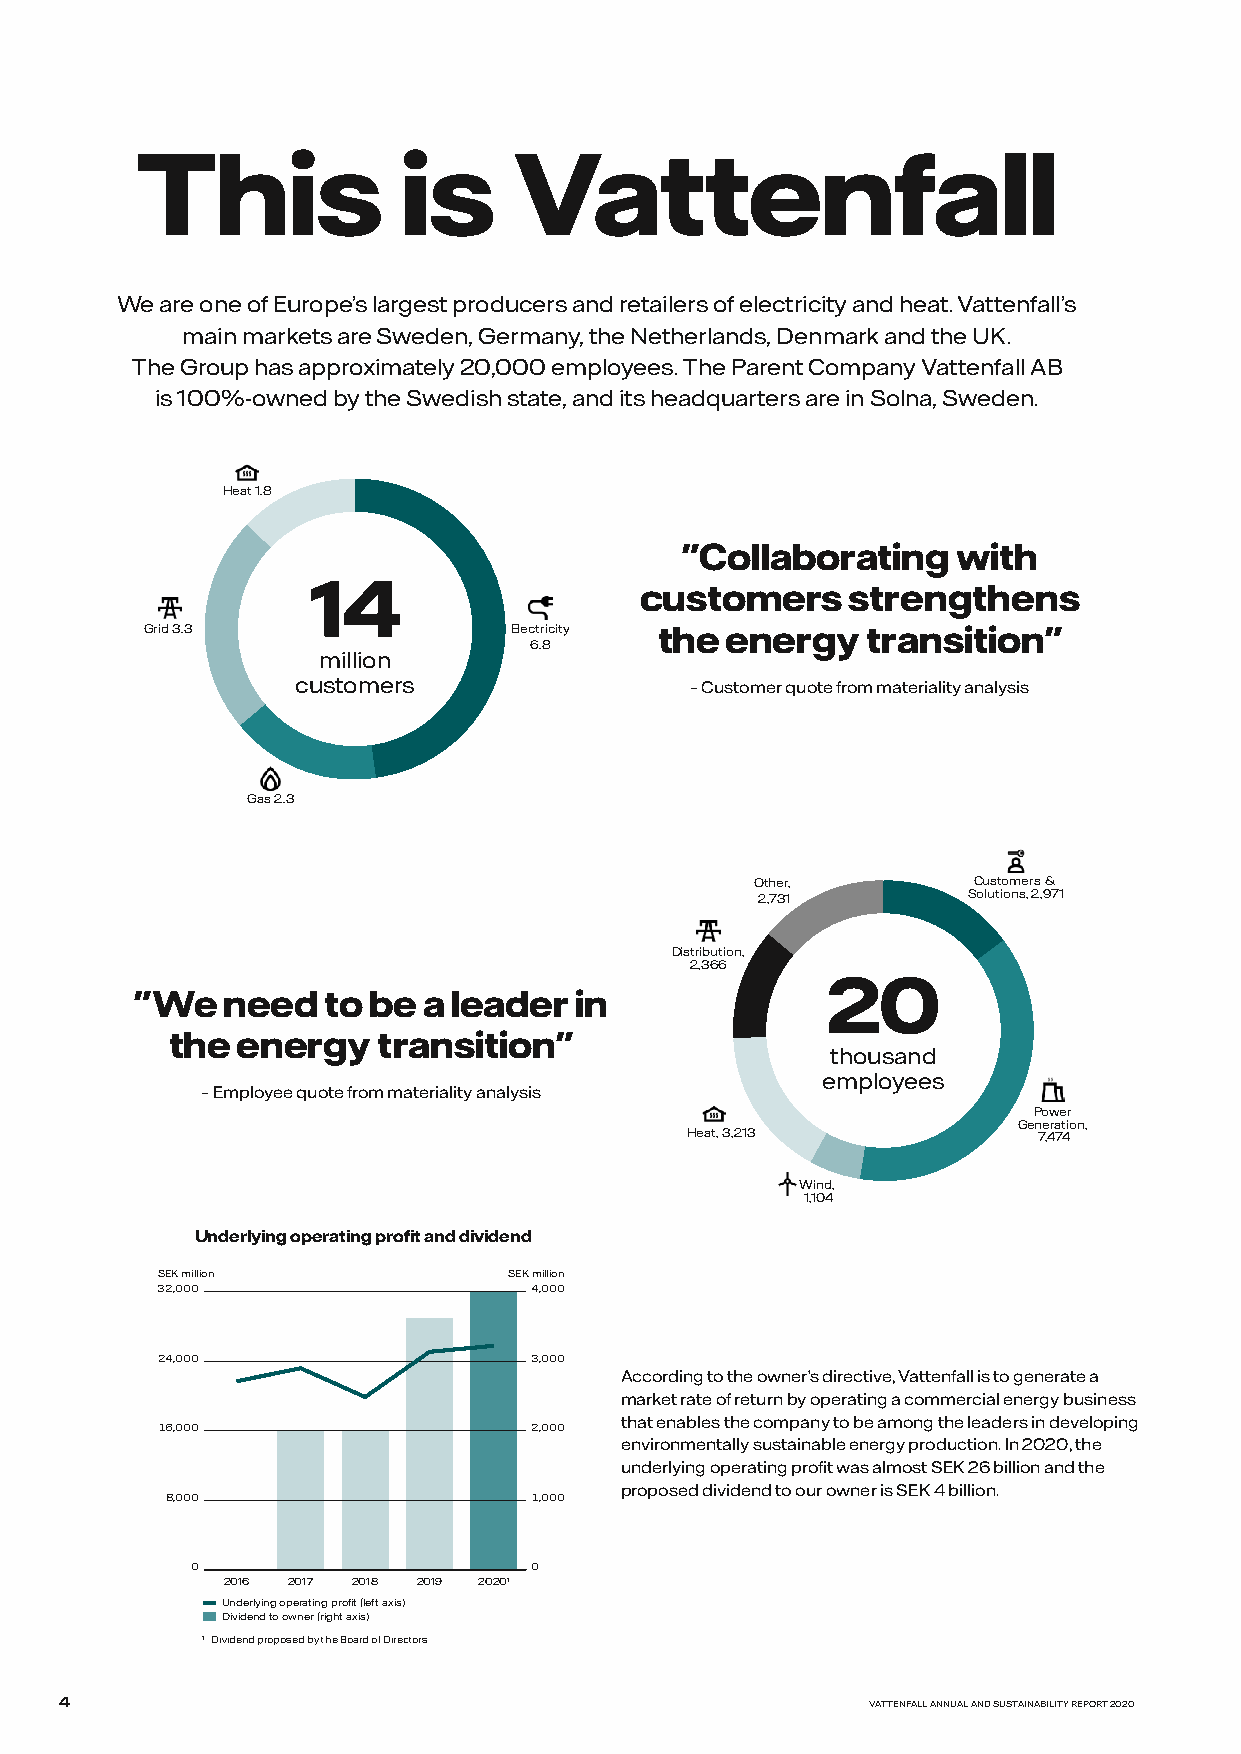
This              is     Vattenfall
 We are one of Europe’s largest producers and retailers of electricity and heat. Vattenfall’s
 main markets are Sweden, Germany, the Netherlands, Denmark and the UK.
 The Group has approximately 20,000 employees. The Parent Company Vattenfall AB
 is 100%-owned by the Swedish state, and its headquarters are in Solna, Sweden.
 Heat 1.8
 "Collaborating    with
 14
 customers     strengthens
 Grid 3.3                Electricity the energy transition"
 6.8
 million
 customers                 – Customer quote from materiality analysis
 Gas 2.3
 Other,        Customers &
 2,731         Solutions, 2,971
 Distribution,
 2,366
 20
 "We   need  to be  a leader  in
 the  energy   transition"
 thousand
 employees
 – Employee quote from materiality analysis
 Power
 Generation,
 Heat, 3,213             7,474
 Wind,
 1,104
 Underlying operating profit and dividend
 SEK million             SEK million
 32,000                   4,000
 24,000                   3,000
 According to the owner’s directive, Vattenfall is to generate a
 market rate of return by operating a commercial energy business
 that enables the company to be among the leaders in developing
 16,000                   2,000
 environmentally sustainable energy production. In 2020, the
 underlying operating profit was almost SEK 26 billion and the
 proposed dividend to our owner is SEK 4 billion.
 8,000                   1,000
 0                     0
 2016 2017 2018 2019 20201
 Underlying operating profit (left axis)
 Dividend to owner (right axis)
 1 Dividend proposed by the Board of Directors.
 4                                                     VATTENFALL ANNUAL AND SUSTAINABILITY REPORT 2020